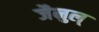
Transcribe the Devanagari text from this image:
जैनुल्